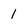
Character: 1